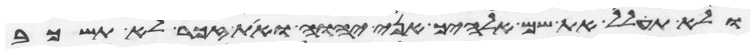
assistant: ולא תחלל את שם אלהיך אני יהוה ואת זכר לא תשכב